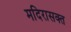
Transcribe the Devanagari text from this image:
मदिरासक्त